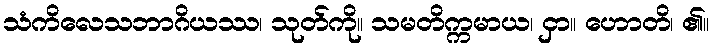
သံကိလေသဘာဂိယဿ၊ သုတ်ကို။ သမတိက္ကမာယ၊ ငှာ။ ဟောတိ၊ ၏။